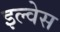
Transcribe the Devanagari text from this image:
इल्वेस